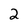
Character: 2